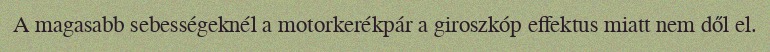
A magasabb sebességeknél a motorkerékpár a giroszkóp effektus miatt nem dől el.